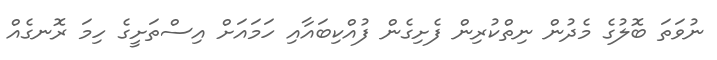
ނުވަތަ ބޮލުގެ މެދުން ނިތްކުރިން ފެށިގެން ފުއްކިބައާއި ހަމައަށް އިސްތަށީގެ ހިމަ ރޮނގެއް